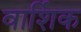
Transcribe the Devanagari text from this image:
वार्शिक